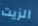
الزيت